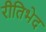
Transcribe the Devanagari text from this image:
रीतिभेद